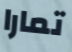
تمارا